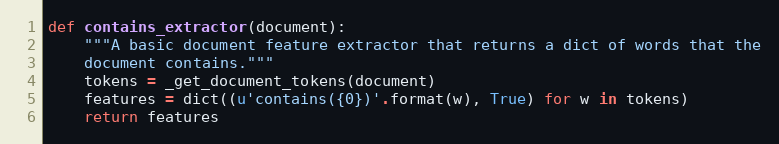
Language: Python
def contains_extractor(document):
    """A basic document feature extractor that returns a dict of words that the
    document contains."""
    tokens = _get_document_tokens(document)
    features = dict((u'contains({0})'.format(w), True) for w in tokens)
    return features